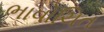
ભાવોચિત